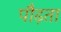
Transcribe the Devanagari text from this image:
पौढ़ता